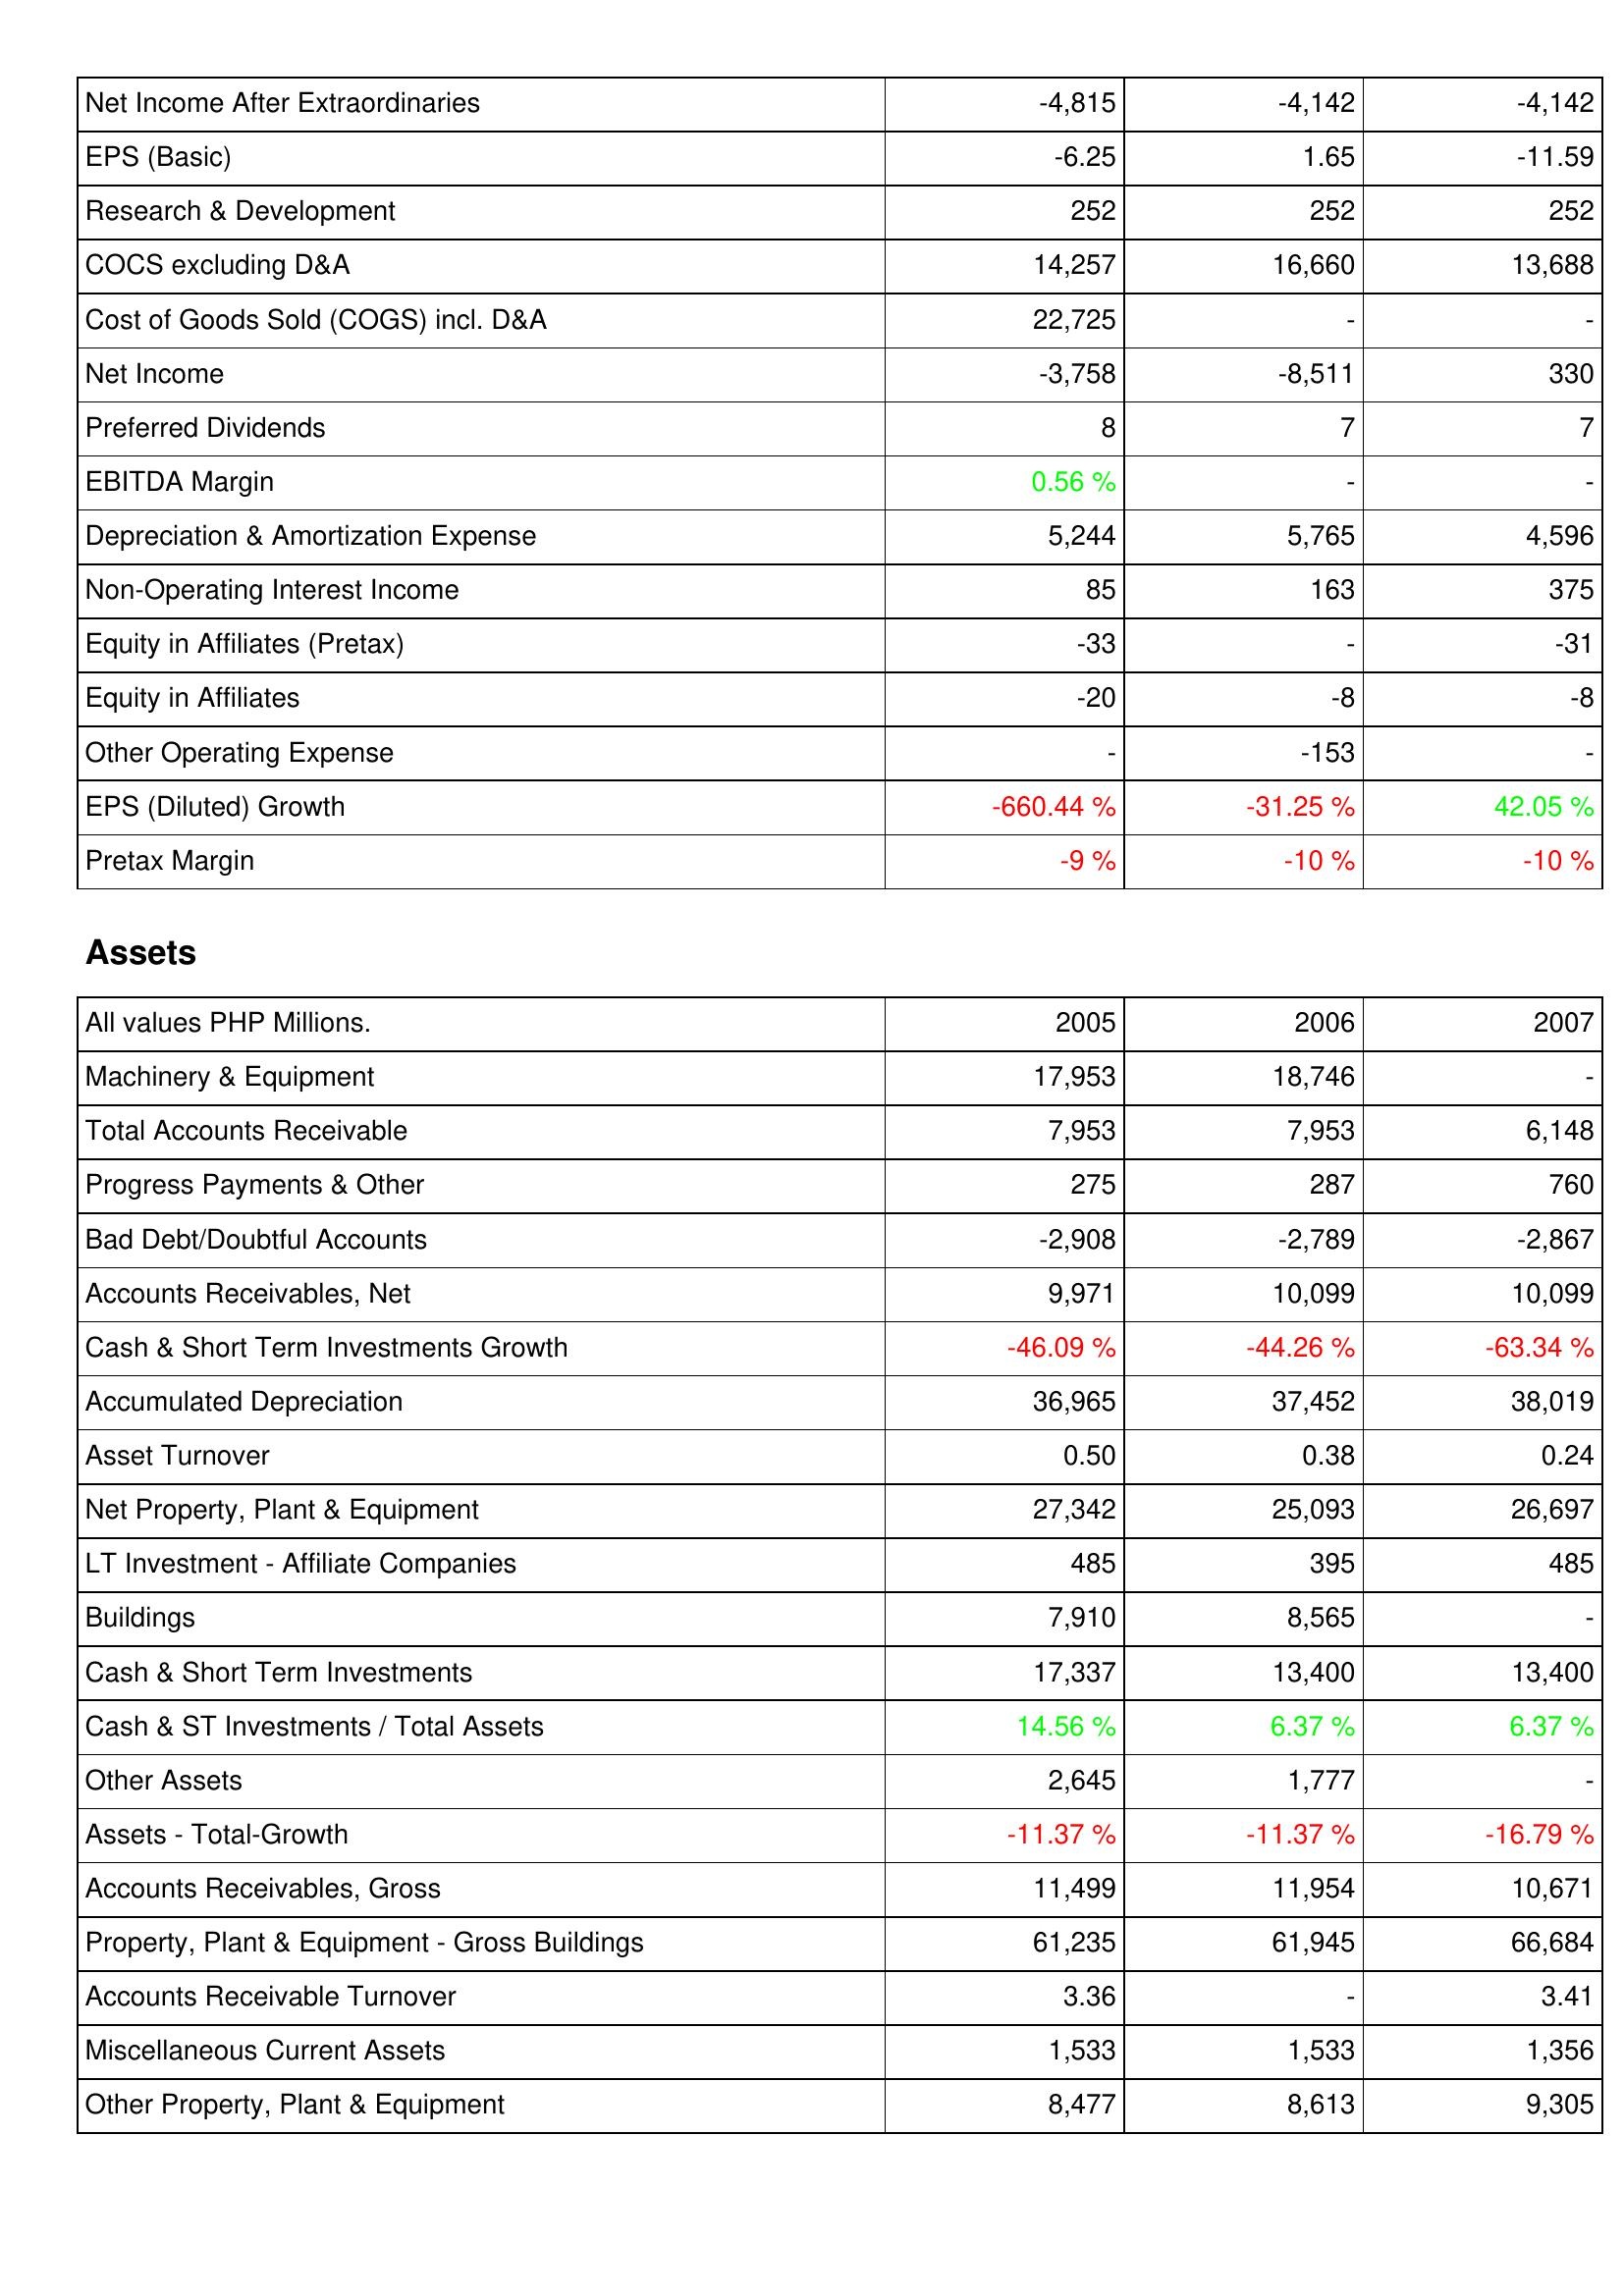
2005: Income Statement: Net Income After Extraordinaries: -4,815
EPS (Basic): -6.25
Research & Development: 252
COCS excluding D&A: 14,257
Cost of Goods Sold (COGS) incl. D&A: 22,725
Net Income: -3,758
Preferred Dividends: 8
EBITDA Margin: 0.56 %
Depreciation & Amortization Expense: 5,244
Non-Operating Interest Income: 85
Equity in Affiliates (Pretax): -33
Equity in Affiliates: -20
Other Operating Expense: -
EPS (Diluted) Growth: -660.44 %
Pretax Margin: -9 %
Assets: Machinery & Equipment: 17,953
Total Accounts Receivable: 7,953
Progress Payments & Other: 275
Bad Debt/Doubtful Accounts: -2,908
Accounts Receivables, Net: 9,971
Cash & Short Term Investments Growth: -46.09 %
Accumulated Depreciation: 36,965
Asset Turnover: 0.50
Net Property, Plant & Equipment: 27,342
LT Investment - Affiliate Companies: 485
Buildings: 7,910
Cash & Short Term Investments: 17,337
Cash & ST Investments / Total Assets: 14.56 %
Other Assets: 2,645
Assets - Total-Growth: -11.37 %
Accounts Receivables, Gross: 11,499
Property, Plant & Equipment - Gross Buildings: 61,235
Accounts Receivable Turnover: 3.36
Miscellaneous Current Assets: 1,533
Other Property, Plant & Equipment: 8,477
2006: Income Statement: Net Income After Extraordinaries: -4,142
EPS (Basic): 1.65
Research & Development: 252
COCS excluding D&A: 16,660
Cost of Goods Sold (COGS) incl. D&A: -
Net Income: -8,511
Preferred Dividends: 7
EBITDA Margin: -
Depreciation & Amortization Expense: 5,765
Non-Operating Interest Income: 163
Equity in Affiliates (Pretax): -
Equity in Affiliates: -8
Other Operating Expense: -153
EPS (Diluted) Growth: -31.25 %
Pretax Margin: -10 %
Assets: Machinery & Equipment: 18,746
Total Accounts Receivable: 7,953
Progress Payments & Other: 287
Bad Debt/Doubtful Accounts: -2,789
Accounts Receivables, Net: 10,099
Cash & Short Term Investments Growth: -44.26 %
Accumulated Depreciation: 37,452
Asset Turnover: 0.38
Net Property, Plant & Equipment: 25,093
LT Investment - Affiliate Companies: 395
Buildings: 8,565
Cash & Short Term Investments: 13,400
Cash & ST Investments / Total Assets: 6.37 %
Other Assets: 1,777
Assets - Total-Growth: -11.37 %
Accounts Receivables, Gross: 11,954
Property, Plant & Equipment - Gross Buildings: 61,945
Accounts Receivable Turnover: -
Miscellaneous Current Assets: 1,533
Other Property, Plant & Equipment: 8,613
2007: Income Statement: Net Income After Extraordinaries: -4,142
EPS (Basic): -11.59
Research & Development: 252
COCS excluding D&A: 13,688
Cost of Goods Sold (COGS) incl. D&A: -
Net Income: 330
Preferred Dividends: 7
EBITDA Margin: -
Depreciation & Amortization Expense: 4,596
Non-Operating Interest Income: 375
Equity in Affiliates (Pretax): -31
Equity in Affiliates: -8
Other Operating Expense: -
EPS (Diluted) Growth: 42.05 %
Pretax Margin: -10 %
Assets: Machinery & Equipment: -
Total Accounts Receivable: 6,148
Progress Payments & Other: 760
Bad Debt/Doubtful Accounts: -2,867
Accounts Receivables, Net: 10,099
Cash & Short Term Investments Growth: -63.34 %
Accumulated Depreciation: 38,019
Asset Turnover: 0.24
Net Property, Plant & Equipment: 26,697
LT Investment - Affiliate Companies: 485
Buildings: -
Cash & Short Term Investments: 13,400
Cash & ST Investments / Total Assets: 6.37 %
Other Assets: -
Assets - Total-Growth: -16.79 %
Accounts Receivables, Gross: 10,671
Property, Plant & Equipment - Gross Buildings: 66,684
Accounts Receivable Turnover: 3.41
Miscellaneous Current Assets: 1,356
Other Property, Plant & Equipment: 9,305